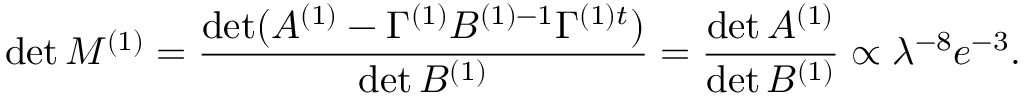
\operatorname * { d e t } M ^ { ( 1 ) } = \frac { \operatorname * { d e t } ( A ^ { ( 1 ) } - \Gamma ^ { ( 1 ) } B ^ { ( 1 ) - 1 } \Gamma ^ { ( 1 ) t } ) } { \operatorname * { d e t } B ^ { ( 1 ) } } = \frac { \operatorname * { d e t } A ^ { ( 1 ) } } { \operatorname * { d e t } B ^ { ( 1 ) } } \propto \lambda ^ { - 8 } e ^ { - 3 } .